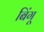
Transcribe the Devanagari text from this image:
बिंगू